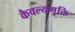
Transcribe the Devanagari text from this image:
कैवल्यमुक्ति